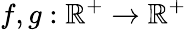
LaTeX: f,g:\mathbb{R}^{+}\rightarrow\mathbb{R}^{+}